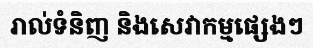
រាល់ទំនិញ និងសេវាកម្មផ្សេងៗ